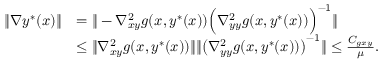
\begin{array} { r l } { \| \nabla y ^ { * } ( x ) \| } & { = \| - \nabla _ { x y } ^ { 2 } g ( x , y ^ { * } ( x ) ) \Big ( \nabla _ { y y } ^ { 2 } g ( x , y ^ { * } ( x ) ) \Big ) ^ { - 1 } \| } \\ & { \leq \| \nabla _ { x y } ^ { 2 } g ( x , y ^ { * } ( x ) ) \| \| \big ( \nabla _ { y y } ^ { 2 } g ( x , y ^ { * } ( x ) ) \big ) ^ { - 1 } \| \leq \frac { C _ { g x y } } { \mu } . } \end{array}